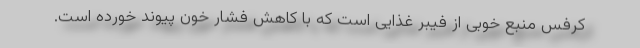
کرفس منبع خوبی از فیبر غذایی است که با کاهش فشار خون پیوند خورده است.